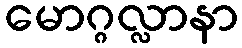
မောဂ္ဂလ္လာနာ